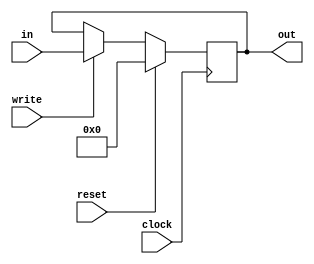
module reg_component(clock, in, write, reset, out);

input clock;
input [15:0] in;
input write;
input reset;

output reg [15:0] out = 16'b0000000000000000;


always @(posedge clock)
begin
	if (reset) begin
		out <= 16'b0000000000000000;
	end else if (write) begin
		out <= in;
	end
end

endmodule